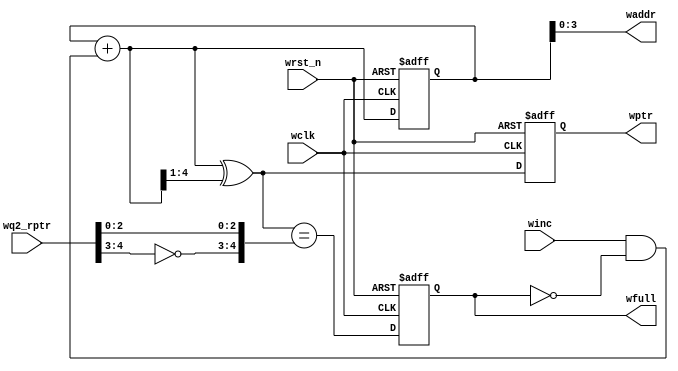
module wptr_full #(parameter ADD_SIZE = 4) (
    output reg wfull,
    output [ADD_SIZE-1:0]waddr,
    output reg [ADD_SIZE:0]wptr,
    input [ADD_SIZE:0] wq2_rptr,
    input winc,wclk,wrst_n
);

reg [ADD_SIZE:0] wbin;
wire [ADD_SIZE:0] wgray_next,wbin_next;
wire wfull_val;

always @(posedge wclk,negedge wrst_n)
begin
    if(!wrst_n)
    {wptr,wbin} <=0;
    else
    {wptr,wbin} <= {wgray_next,wbin_next};
end

assign waddr = wbin[ADD_SIZE-1:0];
assign wbin_next = wbin + (winc & (~wfull));
assign wgray_next = wbin_next ^ (wbin_next>>1);
assign wfull_val = (wgray_next=={~wq2_rptr[ADD_SIZE:ADD_SIZE-1],wq2_rptr[ADD_SIZE-2:0]});

always @(posedge wclk,negedge wrst_n)
begin
    if(!wrst_n)
    wfull <= 1'b0;
    else 
    wfull <= wfull_val;
end

endmodule